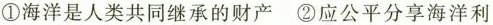
①海洋是人类共同继承的财产 ②应公平分享海洋利